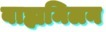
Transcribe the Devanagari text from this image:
बाह्यमिलन